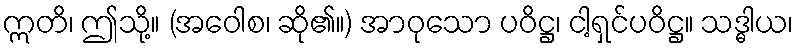
ဣတိ၊ ဤသို့။ (အဝေါစ၊ ဆို၏။) အာဝုသော ပဝိဋ္ဌ၊ ငါ့ရှင်ပဝိဋ္ဌ။ သဒ္ဓါယ၊